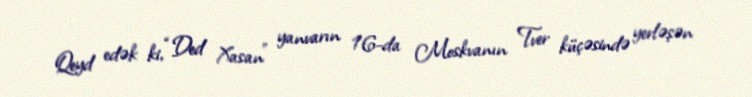
Qeyd edək ki, “Ded Xasan” yanvarın 16-da Moskvanın Tver küçəsində yerləşən